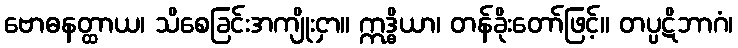
ဗောဓနတ္ထာယ၊ သိစေခြင်းအကျိုးငှာ။ ဣဒ္ဓိယာ၊ တန်ခိုးတော်ဖြင့်။ တပ္ပဋိဘာဂံ၊